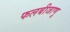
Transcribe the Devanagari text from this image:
फलबीजाणु